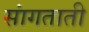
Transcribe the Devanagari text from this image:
सांगताती